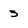
Character: 3